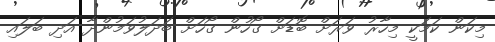
މިކަން ކަމަކީ މިހާރު ވަރަށް ބޮޑަށް ގޯހުން ގޯހަށް ބަދަލުވަމުންދާ އަދި ބަލައި